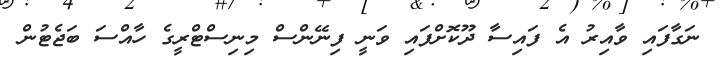
ނަގާފައި ވާއިރު އެ ފައިސާ ދޫކޮށްފައި ވަނީ ފިނޭންސް މިނިސްޓްރީގެ ހާއްސަ ބަޖެޓުން